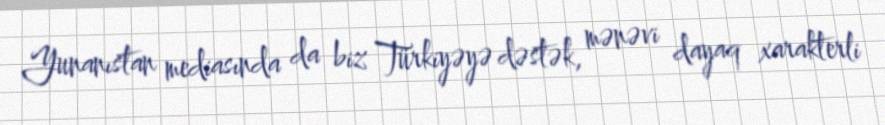
Yunanıstan mediasında da biz Türkiyəyə dəstək, mənəvi dayaq xarakterli